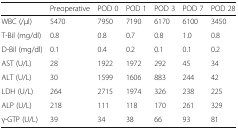
<table><thead><tr><td></td><td><b>Preoperative</b></td><td><b>POD 0</b></td><td><b>POD 1</b></td><td><b>POD 3</b></td><td><b>POD 7</b></td><td><b>POD 28</b></td></tr></thead><tbody><tr><td>WBC (/μl)</td><td>5470</td><td>7950</td><td>7190</td><td>6170</td><td>6100</td><td>3450</td></tr><tr><td>T-Bil (mg/dl)</td><td>0.8</td><td>0.8</td><td>0.7</td><td>0.8</td><td>1.0</td><td>0.8</td></tr><tr><td>D-Bil (mg/dl)</td><td>0.1</td><td>0.4</td><td>0.2</td><td>0.1</td><td>0.1</td><td>0.2</td></tr><tr><td>AST (U/L)</td><td>28</td><td>1922</td><td>1972</td><td>292</td><td>45</td><td>34</td></tr><tr><td>ALT (U/L)</td><td>30</td><td>1599</td><td>1606</td><td>883</td><td>244</td><td>42</td></tr><tr><td>LDH (U/L)</td><td>264</td><td>2715</td><td>1974</td><td>326</td><td>238</td><td>225</td></tr><tr><td>ALP (U/L)</td><td>218</td><td>111</td><td>118</td><td>170</td><td>261</td><td>329</td></tr><tr><td>γ-GTP (U/L)</td><td>39</td><td>34</td><td>38</td><td>66</td><td>93</td><td>81</td></tr></tbody></table>